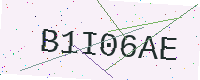
Text: B1I06AE